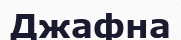
Джафна